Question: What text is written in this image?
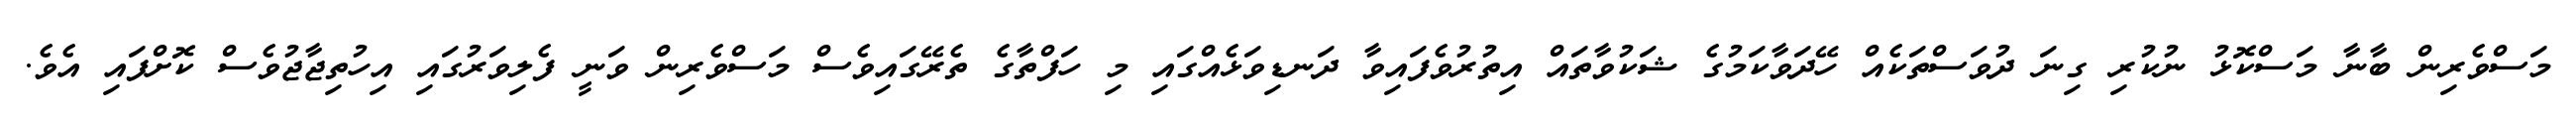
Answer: މަސްވެރިން ބާނާ މަސްކޮޅު ނުކުރި ގިނަ ދުވަސްތަކެއް ހޭދަވާކަމުގެ ޝަކުވާތައް އިތުރުވެފައިވާ ދަނޑިވަޅެއްގައި މި ހަފްތާގެ ތެރޭގައިވެސް މަސްވެރިން ވަނީ ފެލިވަރުގައި އިހުތިޖާޖުވެސް ކޮށްފައި އެވެ.